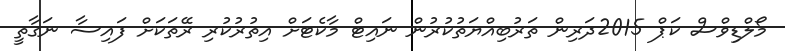
މޯލްޑިވްސް ކަޕް 2015ދަރިން ތަރުބިއްޔަތުކުރުން ނައިޓް މާކެޓަށް އިތުރުކުރި ރޭތަކަށް ފައިސާ ނަގާތީ